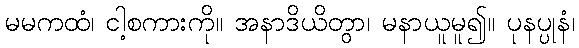
မမကထံ၊ ငါ့စကားကို။ အနာဒိယိတွာ၊ မနာယူမူ၍။ ပုနပ္ပုနံ၊